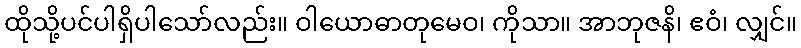
ထိုသို့ပင်ပါရှိပါသော်လည်း။ ဝါယောဓာတုမေဝ၊ ကိုသာ။ အာဘုဇနိ၊ ဧဝံ၊ လျှင်။